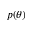
p ( \theta )